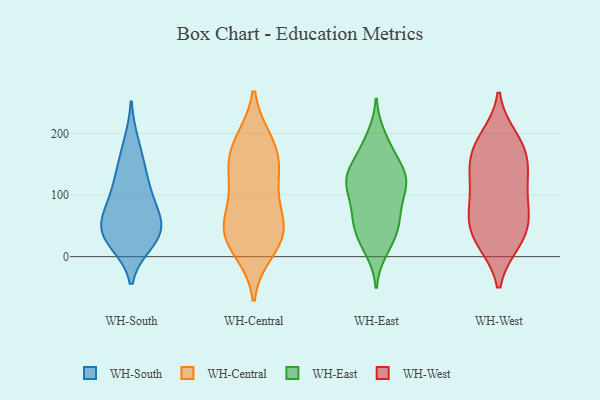
{"axis": {"x": "Active Users", "y": "Value"}, "legend": ["WH-Central", "WH-East", "WH-South", "WH-West"], "data": [{"x": "", "y": 51, "type": "WH-South"}, {"x": "", "y": 23, "type": "WH-South"}, {"x": "", "y": 32, "type": "WH-South"}, {"x": "", "y": 35, "type": "WH-South"}, {"x": "", "y": 147, "type": "WH-South"}, {"x": "", "y": 185, "type": "WH-South"}, {"x": "", "y": 67, "type": "WH-South"}, {"x": "", "y": 95, "type": "WH-South"}, {"x": "", "y": 131, "type": "WH-South"}, {"x": "", "y": 62, "type": "WH-South"}, {"x": "", "y": 33, "type": "WH-South"}, {"x": "", "y": 100, "type": "WH-South"}, {"x": "", "y": 142, "type": "WH-Central"}, {"x": "", "y": 28, "type": "WH-Central"}, {"x": "", "y": 10, "type": "WH-Central"}, {"x": "", "y": 41, "type": "WH-Central"}, {"x": "", "y": 129, "type": "WH-Central"}, {"x": "", "y": 79, "type": "WH-Central"}, {"x": "", "y": 68, "type": "WH-Central"}, {"x": "", "y": 40, "type": "WH-Central"}, {"x": "", "y": 36, "type": "WH-Central"}, {"x": "", "y": 173, "type": "WH-Central"}, {"x": "", "y": 183, "type": "WH-Central"}, {"x": "", "y": 187, "type": "WH-Central"}, {"x": "", "y": 130, "type": "WH-Central"}, {"x": "", "y": 128, "type": "WH-East"}, {"x": "", "y": 59, "type": "WH-East"}, {"x": "", "y": 170, "type": "WH-East"}, {"x": "", "y": 11, "type": "WH-East"}, {"x": "", "y": 136, "type": "WH-East"}, {"x": "", "y": 126, "type": "WH-East"}, {"x": "", "y": 23, "type": "WH-East"}, {"x": "", "y": 104, "type": "WH-East"}, {"x": "", "y": 76, "type": "WH-East"}, {"x": "", "y": 131, "type": "WH-East"}, {"x": "", "y": 195, "type": "WH-East"}, {"x": "", "y": 179, "type": "WH-East"}, {"x": "", "y": 33, "type": "WH-East"}, {"x": "", "y": 107, "type": "WH-East"}, {"x": "", "y": 63, "type": "WH-East"}, {"x": "", "y": 110, "type": "WH-East"}, {"x": "", "y": 144, "type": "WH-East"}, {"x": "", "y": 43, "type": "WH-East"}, {"x": "", "y": 63, "type": "WH-East"}, {"x": "", "y": 127, "type": "WH-East"}, {"x": "", "y": 129, "type": "WH-West"}, {"x": "", "y": 193, "type": "WH-West"}, {"x": "", "y": 174, "type": "WH-West"}, {"x": "", "y": 23, "type": "WH-West"}, {"x": "", "y": 23, "type": "WH-West"}, {"x": "", "y": 187, "type": "WH-West"}, {"x": "", "y": 26, "type": "WH-West"}, {"x": "", "y": 63, "type": "WH-West"}, {"x": "", "y": 78, "type": "WH-West"}, {"x": "", "y": 141, "type": "WH-West"}, {"x": "", "y": 123, "type": "WH-West"}, {"x": "", "y": 69, "type": "WH-West"}, {"x": "", "y": 49, "type": "WH-West"}, {"x": "", "y": 139, "type": "WH-West"}, {"x": "", "y": 173, "type": "WH-West"}, {"x": "", "y": 87, "type": "WH-West"}]}